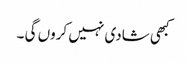
کبھی شادی نہیں کروں گی ۔